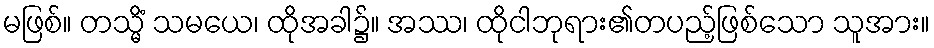
မဖြစ်။ တသ္မိံ သမယေ၊ ထိုအခါ၌။ အဿ၊ ထိုငါဘုရား၏တပည့်ဖြစ်သော သူအား။